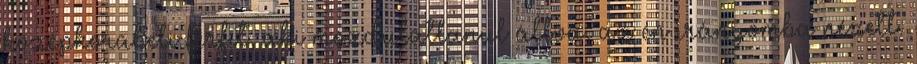
középkorabeli férfit, aki mozdulatlanul állva, az én irányomba nézett.